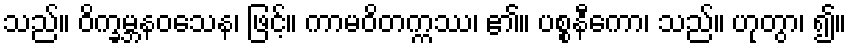
သည်။ ဝိက္ခမ္ဘနဝသေန၊ ဖြင့်။ ကာမဝိတက္ကဿ၊ ၏။ ပစ္စနီကော၊ သည်။ ဟုတွာ၊ ၍။